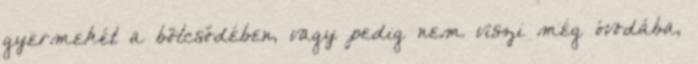
gyermekét a bölcsődében, vagy pedig nem viszi még óvodába,